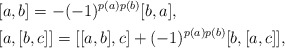
\begin{align*}&[a,b]=-(-1)^{p(a)p(b)}[b,a], \\&[a,[b,c]]=[[a,b],c] + (-1)^{p(a)p(b)}[b,[a,c]], \end{align*}